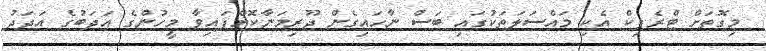
މިގޮތަށް ޓްރެފިކް އެކި މައްސަލަތަކުގައި ބަސް ނާހައިގެން ޖޫރިމަނާކޮށްފައިވާ މީހުންގެ އަދަބުގެ އަދަދު